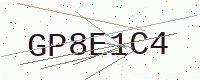
Text: GP8E1C4